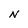
Character: N